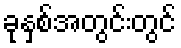
ခုနှစ်အတွင်းတွင်